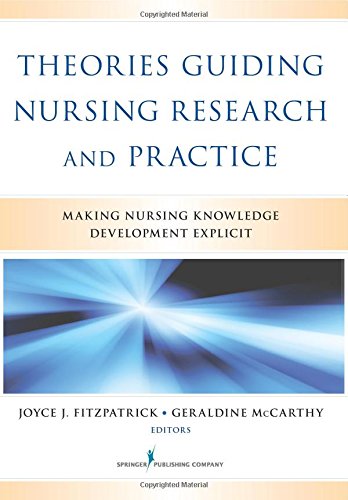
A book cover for Theories Guiding Nursing Research and Practice: Making Nursing Knowledge Development Explicit; Medical Books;